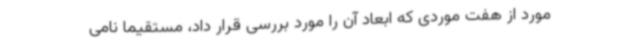
مورد از هفت موردی که ابعاد آن را مورد بررسی قرار داد، مستقیما نامی